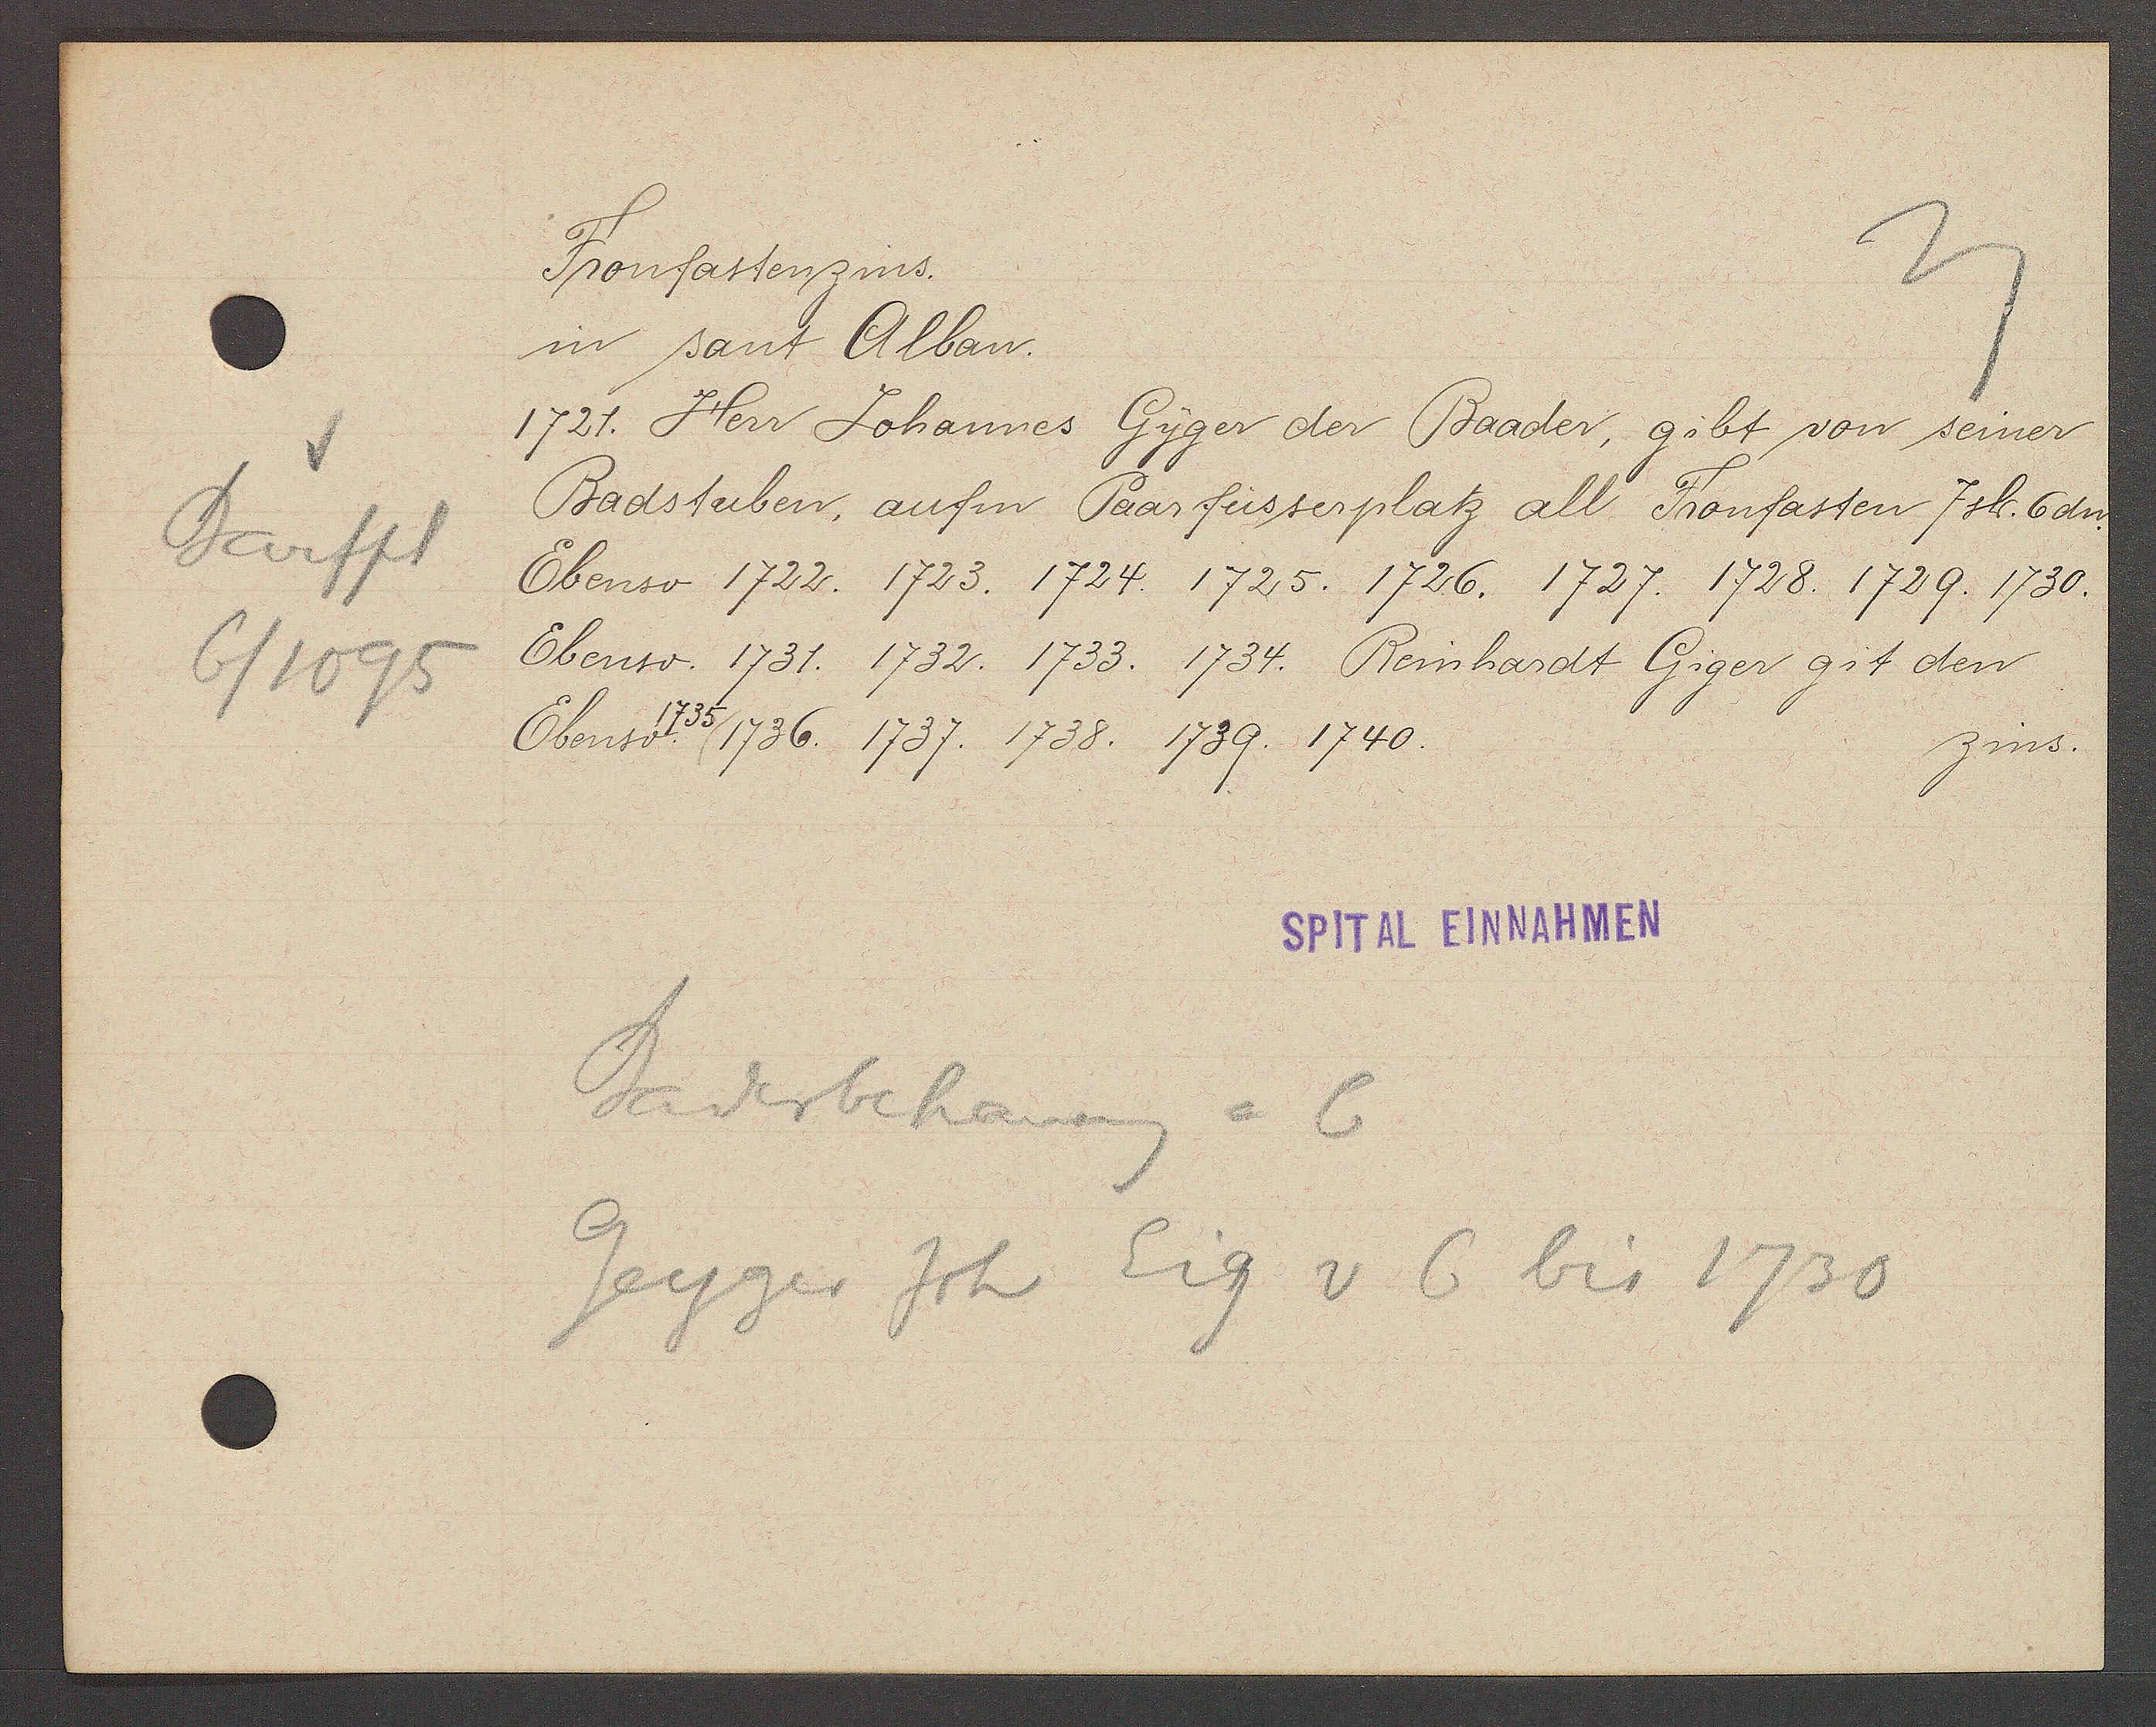
Transcript:
Barfpl
6/1095

Fronfastensins.

in sant Alban.
1721. Herr Johannes Gyger der Baader, gibt von seiner
Badsterben, aufm Paarfüsserplatz all Fronfasten 7 sh. 6dn.
Ebenso 1722. 1723. 1724. 1725. 1726. 1727. 1728. 1729. 1730.
Ebenso. 1731. 1732. 1733. 1734. Reinhardt Giger git den
Ebenso  1736. 1737. 1738. 1739. 1740.
zins.

SPITAL EINNAHMEN

Baderbehausung = 6
Geyger Joh Eig v 6 bis 1730